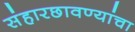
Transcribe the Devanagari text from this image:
संहारछावण्यांचा